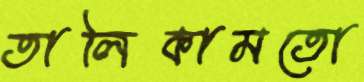
তালিকামতো